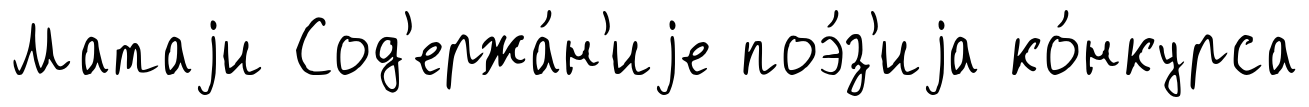
Матаjи Сод'ержа́н'иjе поэ́з'иjа ко́нкурса